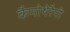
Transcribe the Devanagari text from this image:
कैमोथेरैपी